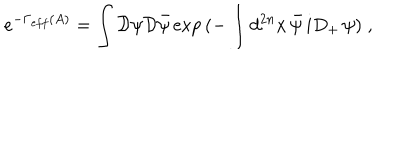
LaTeX: e ^ { - \Gamma _ { e f f } ( A ) } = \int { \cal D } \psi { \cal D } \bar { \psi } \exp { ( - \int d ^ { 2 n } x \, \bar { \psi } \, i D _ { + } \, \psi ) } \; ,